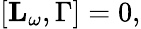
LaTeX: \lbrack\mathbf{L_{\omega}},\Gamma]=0,